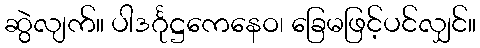
ဆွဲလျက်။ ပါဒင်္ဂုဋ္ဌကေနေဝ၊ ခြေမဖြင့်ပင်လျှင်။